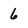
Character: 6